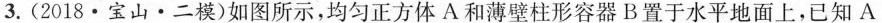
3.(2018·宝山·二模)如图所示，均匀正方体A和薄壁柱形容器B置于水平地面上，已知A